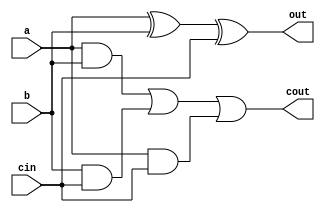
`timescale 1ns / 1ns
module adder1(
  input wire a,
  input wire b,
  input wire cin,
  output wire out,
  output wire cout
);
reg d;
reg q;
always @(a or b or cin)
begin
    q <= #3 (a&b)|(b&cin)|(a&cin);
    d <= #6 a^b^cin;
end
assign out = d;
assign cout = q;
endmodule